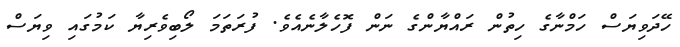
ހޭދަވިޔަސް ހަމްނާގެ ހިތުން ރައްޔާންގެ ނަން ފޮހެލާނެއެވެ. ފުރަތަމަ ލޯބިވެރިޔާ ކަމުގައި ވިޔަސް